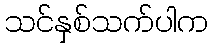
သင်နှစ်သက်ပါက